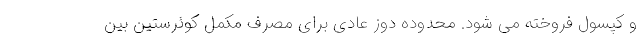
و کپسول فروخته می شود. محدوده دوز عادی برای مصرف مکمل کوئرستین بین